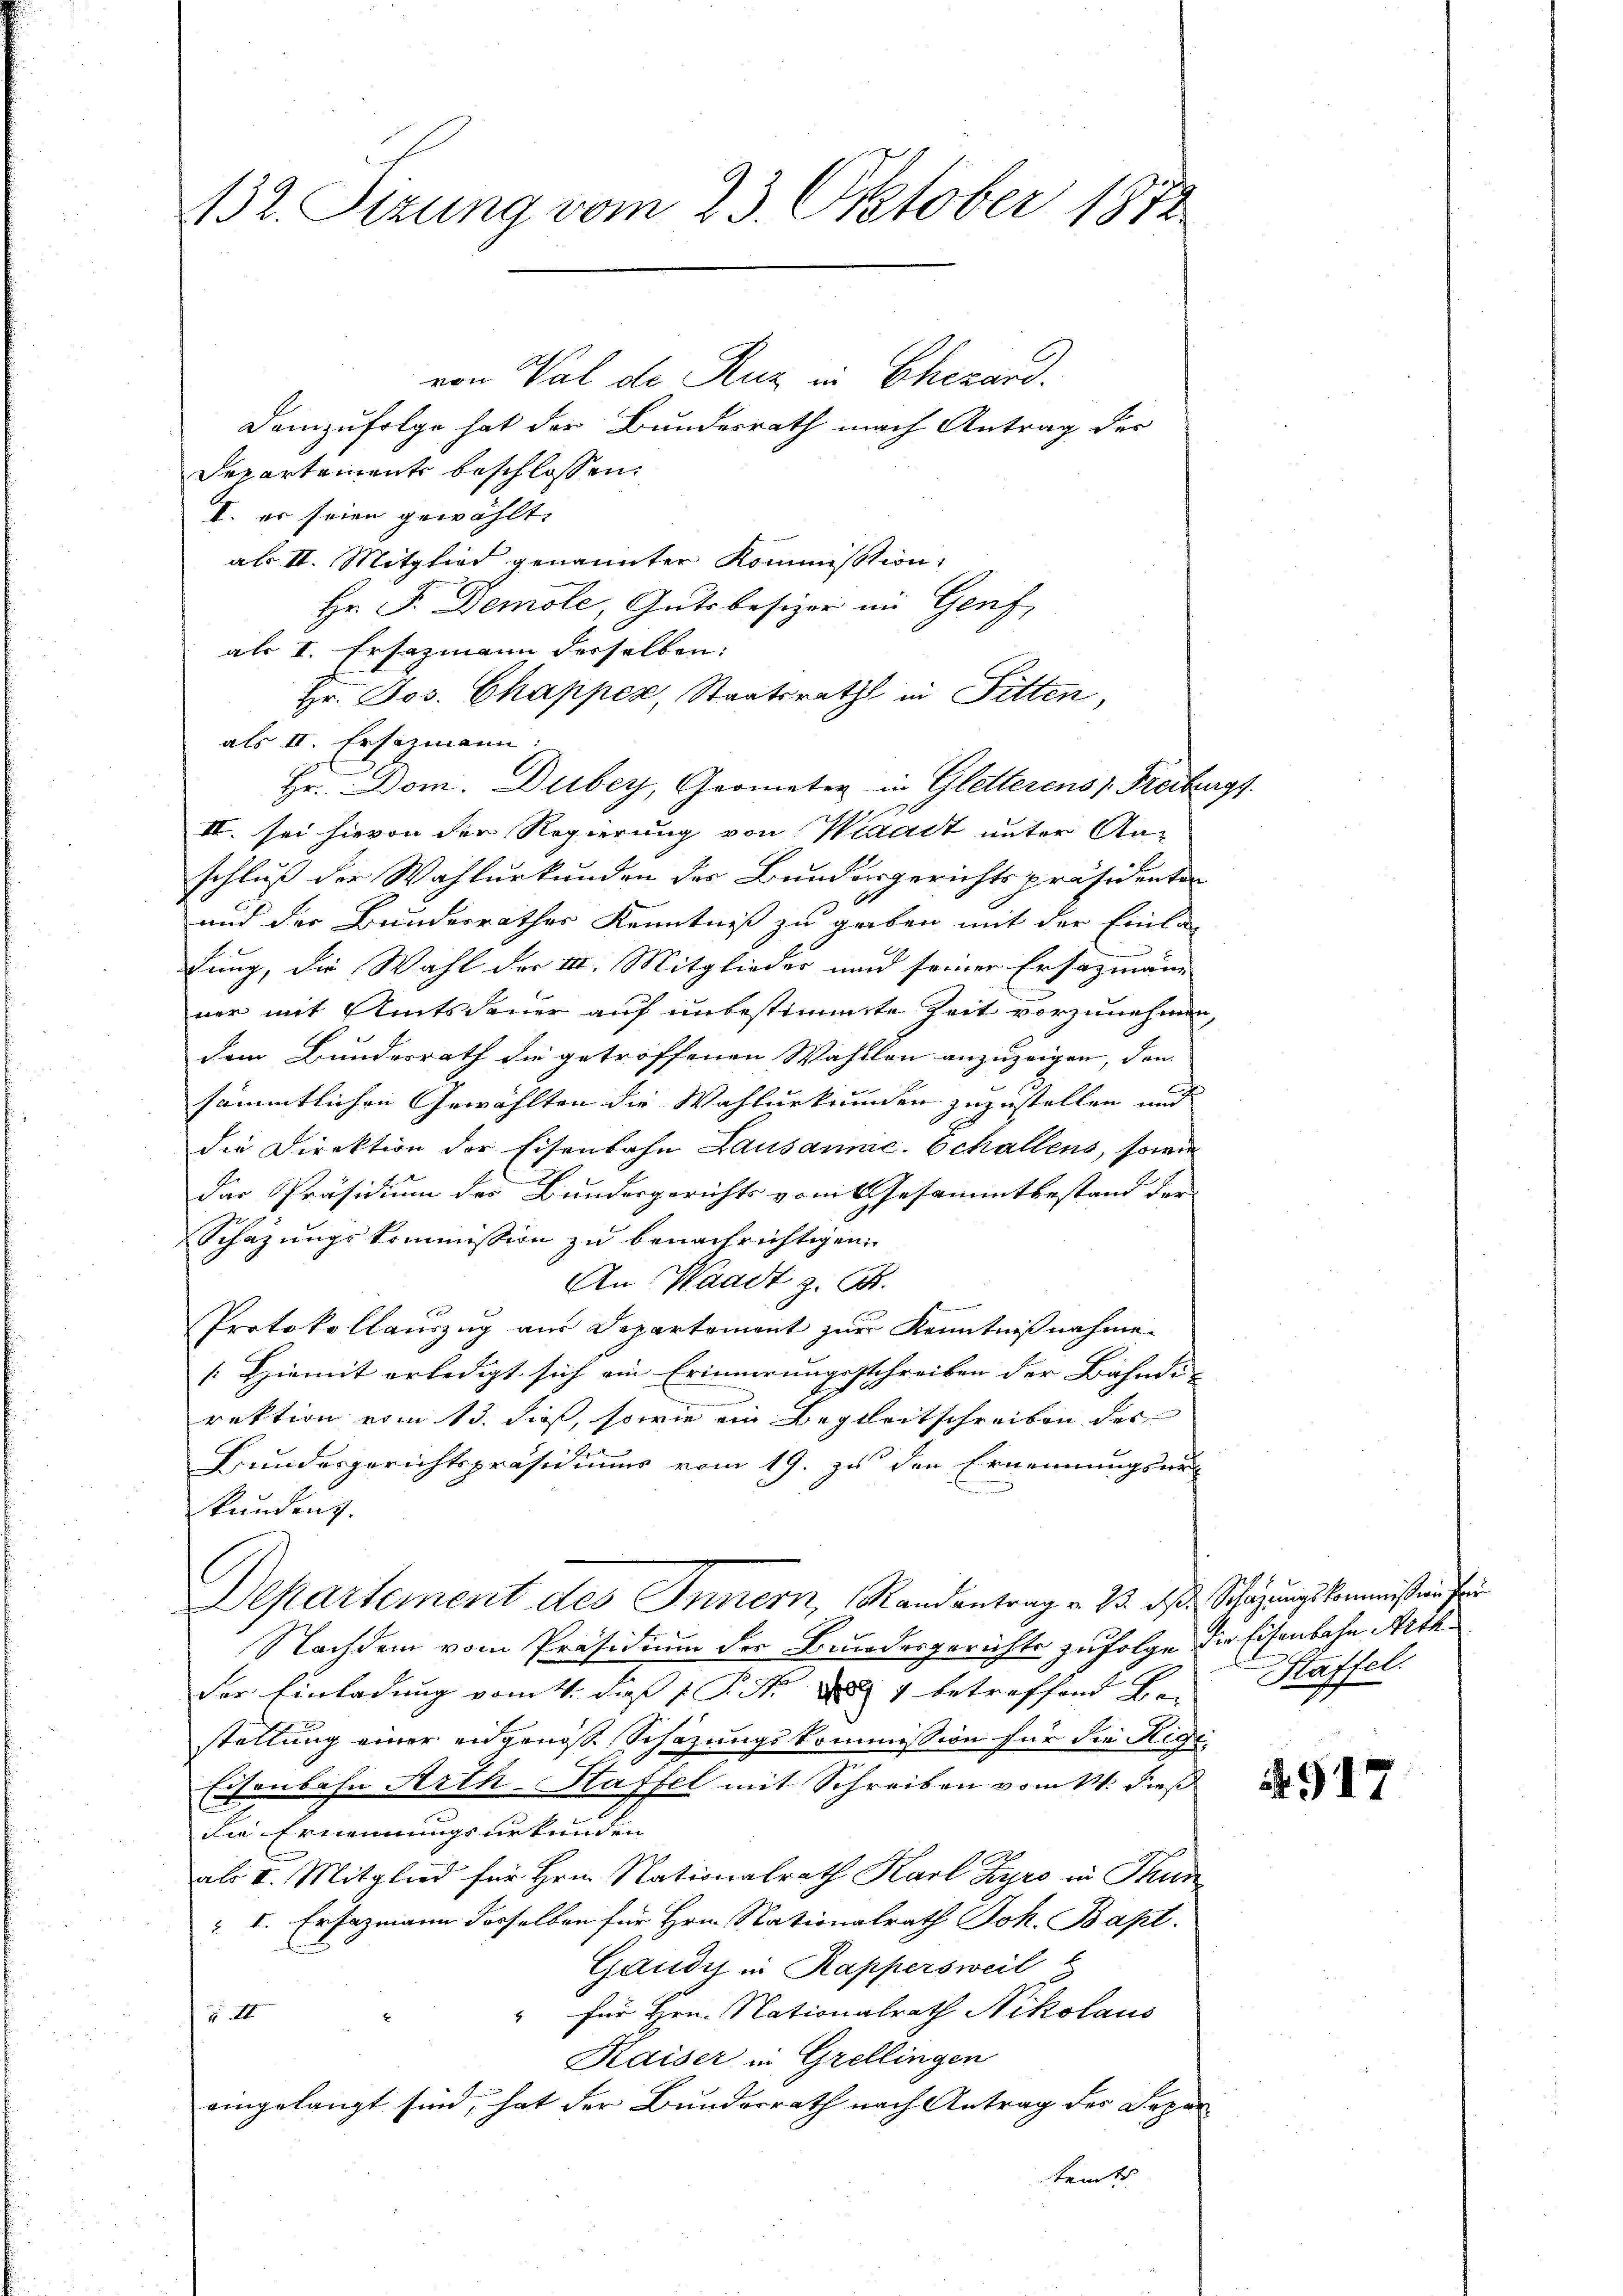
132. Sizung vom 23. Oktober 1872

von Val de Ruz in Chezard.
Demzufolge hat der Bundesrath nach Antrag der
Departements beschlossen:
I. er seien gewählt:
als II. Mitglied genannter Kommission,
Hr. F. Demole, Gutsbesizer im Genf,
als I. Ersazmann derselben:
Hr. Jos. Chapper, Staatsrath in Fitten,
als II. Ersezmann.
Hr. Dom. Dubey, Geometer in Gletterens 1. Freiburgs
III. sei hievon der Regierung von Waadt unter Anschluß der Wahlurkunden des Bundergerichtspräsidenten
und der Bundesrathes Kenntniß zu geben mit der Einladung, die Wahl der III. Mitglieder und seiner Ersazmänn
ner mit Amtsdauer auf unbestimmte Zeit vorzunehmen,
dem Bundesrath die getroffenen Wahllen anzuzeigen, den |
sämmtlichen Gewählten die Wahlurkunden zuzustellen und
die Direktion der Eisenbahn Lausanne. Schallens, sowie
Das Präsidium des Bundesgerichts vom 1. Gesammtbestand der
Schazungskommission zu benachrichtigen
An Waadt z. B.
Protokollauszug aus Departement zur Kenntniβnahme
[Hiemit erledigt sich ein Erinnerungsschreiben der Bahndi-
rektion vom 13. dieß, sowie ein Begleitschreiben der
Bundesgerichtspräsidiums vom 19. zu den Ernennungsur
kundenz.
Departement des Innern, Randantrag v. M. das Schätzungskommission fei
Nachdem vom Präsidium der Bundesgerichts zufolge die Eisenbahn Arth.
der Einladung vom 4. dieß P. Nr. 1 betreffend Bei Kaffel.
stellung einer eidgenosse Schazungskommission für die Rigi
Eisenbahn Arth-Staffel mit Schreiben vom 14. dieß
Die Ernennungsurkunden
als II. Mitglied für Hrn. Nationalrath Karl Kyro in Thun¬
I. Er sazmann dasselben für Hrn. Nationalrath Joh. Bapt.
Gaudis in Kappersweil
" für Hrn. Nationalrath Nikolaus
54
Kaiser in Grellingen
eingelangt sind, hat der Bundesrath nach Antrag des Depar
temts

917